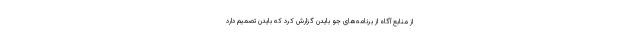
از منابع آگاه از برنامه‌های جو بایدن گزارش کرد که بایدن تصمیم دارد